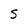
Character: S